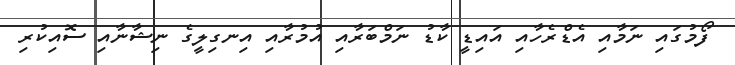
ފޯމުގައި ނަމާއި އެޑްރެހާއި އައިޑީ ކާޑު ނަމްބަރާއި އުމުރާއި އިނގިލީގެ ނިޝާނާއި ސޮއިކުރި